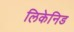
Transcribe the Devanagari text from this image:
लिकेनिड